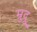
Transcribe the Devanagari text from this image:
म्रुदु